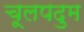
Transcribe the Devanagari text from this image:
चूलपदुम